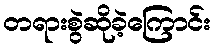
တရားစွဲဆိုခဲ့ကြောင်း